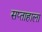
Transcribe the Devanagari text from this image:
सप्‍ताहाला